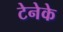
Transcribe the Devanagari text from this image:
टेनेके